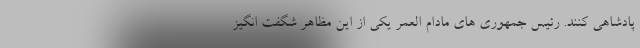
پادشاهی کنند. رئیس جمهوری های مادام العمر یکی از این مظاهر شگفت انگیز